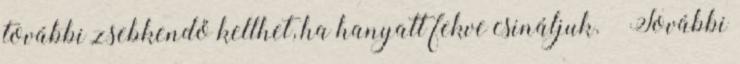
további zsebkendő kellhet, ha hanyatt fekve csináljuk. – További